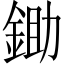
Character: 鋤